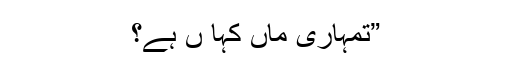
”تمہاری ماں کہا ں ہے؟